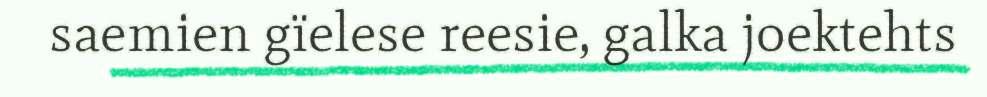
saemien gïelese reesie, galka joektehts